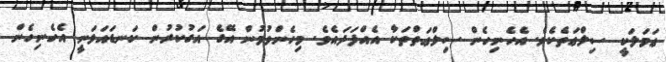
ޢަމަލަކީ ސިލްޢަތެކެވެ. އެހެނިހެން ސިލްޢަތްތަކާ އެއްފަދައެވެ. މިހެންވުމުން އޭގެ އަގުކުރުން ކަނޑައަޅަނީ އެހެނިހެން